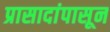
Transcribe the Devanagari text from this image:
प्रासादांपासून